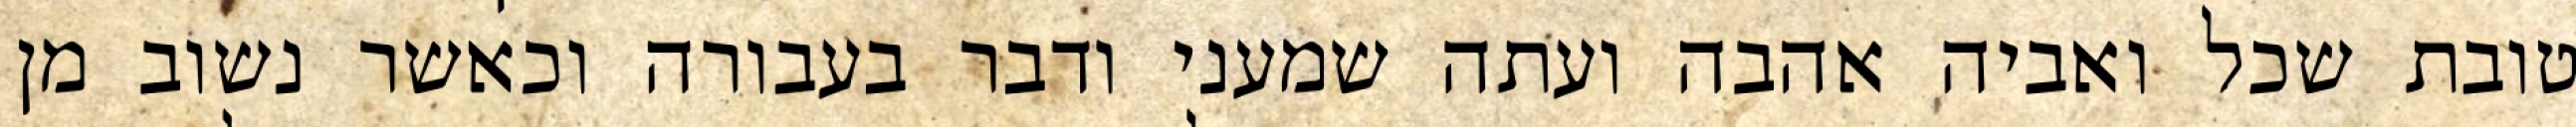
טובת שכל ואביה אהבה ועתה שמעני ודבר בעבורה וכאשר נשוב מן